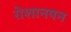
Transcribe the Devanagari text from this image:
रोशानपन